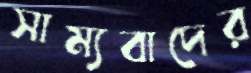
সাম্যবাদের